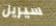
سيريل